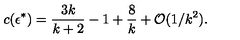
c ( \epsilon ^ { * } ) = { \frac { 3 k } { k + 2 } } - 1 + { \frac { 8 } { k } } + { \cal O } ( 1 / k ^ { 2 } ) .